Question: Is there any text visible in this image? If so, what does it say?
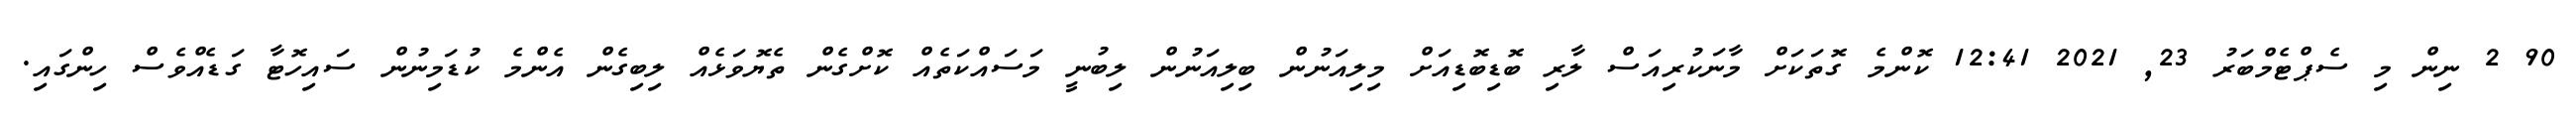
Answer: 90 2 ނިން މި ސެޕްޓެމްބަރު 23, 2021 12:41 ކޮންމެ ގޮތަކަށް މާނަކުރިއަސް ލާރި ބޮޑިބޮޑިއަށް މިލިއަނުން ބިލިއަނުން ލިބުނީ މަސައްކަތެއް ކޮށްގެން ތެޔޮވަޅެއް ލިބިގެން އެންމެ ކުޑަމިނުން ސައިހޮޓާ ގަޑެއްވެސް ހިންގައި.